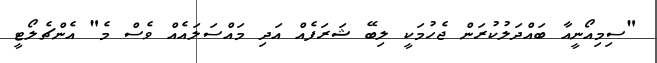
"ސިމިއޯނީއާ ބައްދަލުކުރަން ޖެހުމަކީ ލިބޭ ޝަރަފެއް އަދި މައްސަލައެއް ވެސް މެ" އެންޗެލޯޓީ